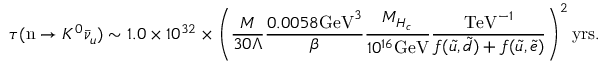
\tau ( \mathrm { n } \rightarrow K ^ { 0 } \bar { \nu } _ { u } ) \sim 1 . 0 \times 1 0 ^ { 3 2 } \times \left( \frac { M } { 3 0 \Lambda } \frac { 0 . 0 0 5 8 \mathrm { G e V } ^ { 3 } } { \beta } \frac { M _ { H _ { c } } } { 1 0 ^ { 1 6 } \mathrm { G e V } } \frac { \mathrm { T e V } ^ { - 1 } } { f ( \tilde { u } , \tilde { d } ) + f ( \tilde { u } , \tilde { e } ) } \right) ^ { 2 } \mathrm { y r s } .